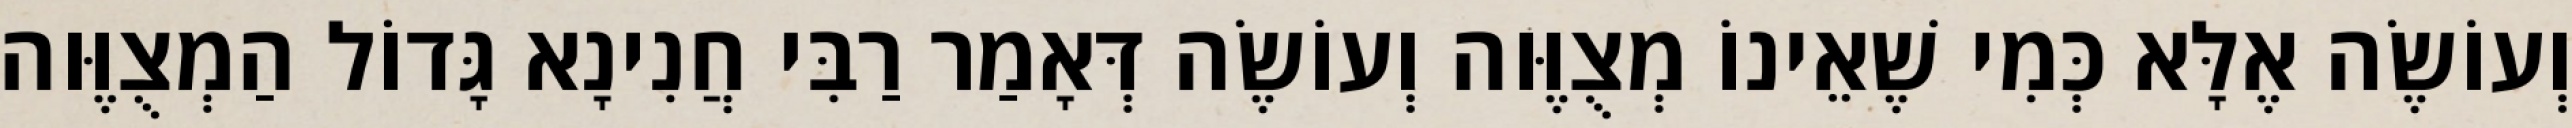
וְעוֹשֶׂה אֶלָּא כְּמִי שֶׁאֵינוֹ מְצֻוֶּוה וְעוֹשֶׂה דְּאָמַר רַבִּי חֲנִינָא גָּדוֹל הַמְצֻוֶּוה